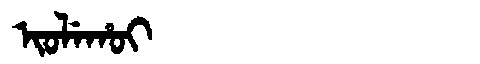
Manchu: ᡳᠣᠯᡝᡥᠣᡳ
Romanization: IOLEHOI